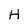
Character: H